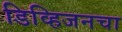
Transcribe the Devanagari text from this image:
डिव्हिजनचा